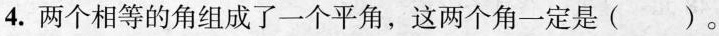
4.两个相等的角组成了一个平角，这两个角一定是 ( )。